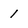
Character: 1